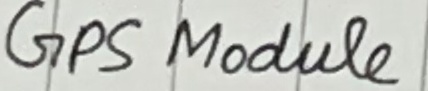
Text: GPS Module